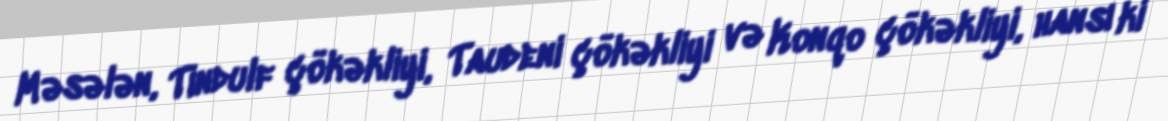
Məsələn, Tindulf çökəkliyi, Taudeni çökəkliyi və Konqo çökəkliyi, hansı ki